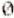
0